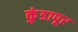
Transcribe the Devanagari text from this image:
कुंडापूर